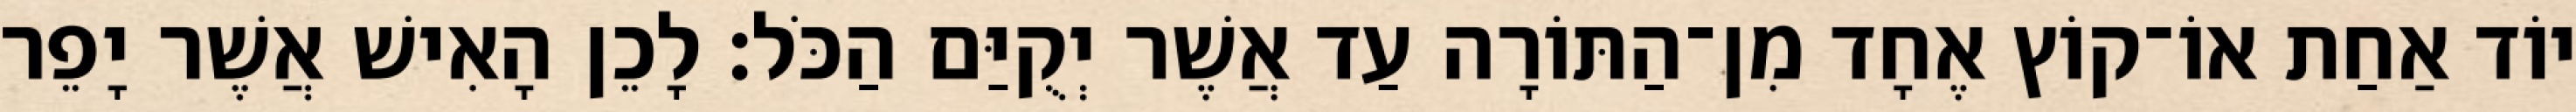
יוֹד אַחַת אוֹ־קוֹץ אֶחָד מִן־הַתּוֹרָה עַד אֲשֶׁר יְקֻיַּם הַכֹּל׃ לָכֵן הָאִישׁ אֲשֶׁר יָפֵר